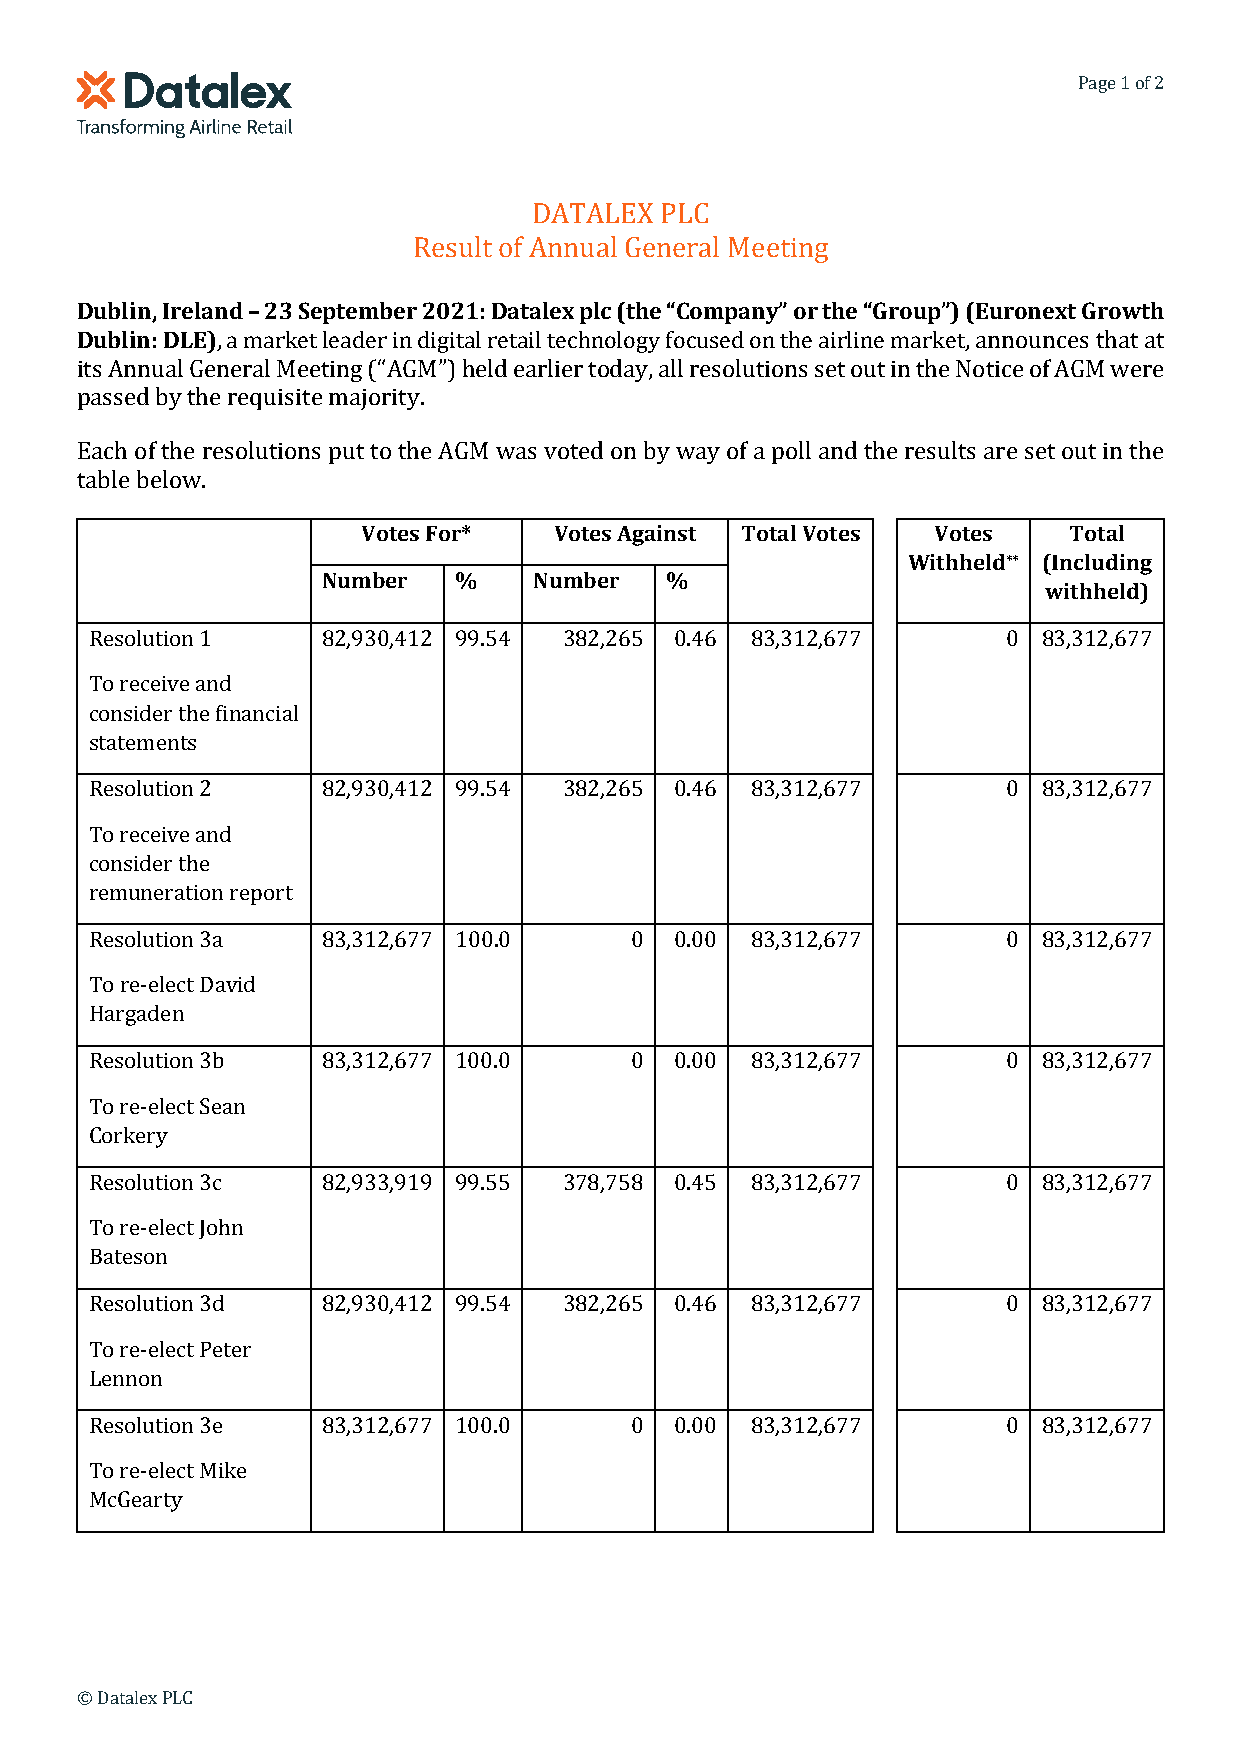
Page 1 of 2
 DATALEX  PLC
 Result of Annual General Meeting
 Dublin, Ireland – 23 September 2021: Datalex plc (the “Company” or the “Group”) (Euronext Growth
 Dublin: DLE), a market leader in digital retail technology focused on the airline market, announces that at
 its Annual General Meeting (“AGM”) held earlier today, all resolutions set out in the Notice of AGM were
 passed by the requisite majority.
 Each of the resolutions put to the AGM was voted on by way of a poll and the results are set out in the
 table below.
 Votes For*   Votes Against Total Votes Votes   Total
 Withheld** (Including
 Number   %    Number   %
 withheld)
 Resolution 1   82,930,412 99.54 382,265 0.46 83,312,677      0 83,312,677
 To receive and
 consider the financial
 statements
 Resolution 2   82,930,412 99.54 382,265 0.46 83,312,677      0 83,312,677
 To receive and
 consider the
 remuneration report
 Resolution 3a  83,312,677 100.0     0  0.00 83,312,677       0 83,312,677
 To re-elect David
 Hargaden
 Resolution 3b  83,312,677 100.0     0  0.00 83,312,677       0 83,312,677
 To re-elect Sean
 Corkery
 Resolution 3c  82,933,919 99.55 378,758 0.45 83,312,677      0 83,312,677
 To re-elect John
 Bateson
 Resolution 3d  82,930,412 99.54 382,265 0.46 83,312,677      0 83,312,677
 To re-elect Peter
 Lennon
 Resolution 3e  83,312,677 100.0     0  0.00 83,312,677       0 83,312,677
 To re-elect Mike
 McGearty
 © Datalex PLC